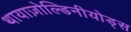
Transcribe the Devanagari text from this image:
थायाज़ोल्डिनीयोड्स